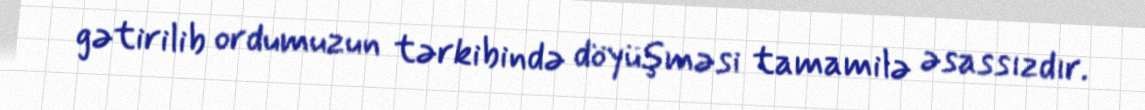
gətirilib ordumuzun tərkibində döyüşməsi tamamilə əsassızdır.